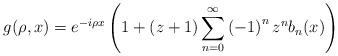
LaTeX: \begin{align*}g(\rho,x)=e^{-i\rho x}\left( 1+\left( z+1\right) \sum_{n=0}^{\infty}\left(-1\right) ^{n}z^{n}b_{n}(x)\right) \end{align*}